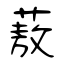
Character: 蔜